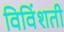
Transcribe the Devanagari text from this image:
विविंशती